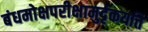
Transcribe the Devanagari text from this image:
बंधमोक्षपरीक्षामुदृंकयति